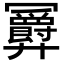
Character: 𪪹